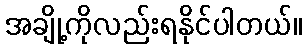
အချို့ကိုလည်းရနိုင်ပါတယ်။